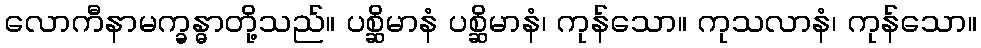
လောကီနာမက္ခန္ဓာတို့သည်။ ပစ္ဆိမာနံ ပစ္ဆိမာနံ၊ ကုန်သော။ ကုသလာနံ၊ ကုန်သော။